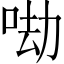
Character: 𠲵